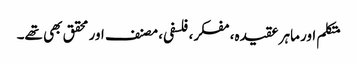
متکلم اور ماہر عقیدہ، مفکر، فلسفی، مصنف اور محقق بھی تھے۔